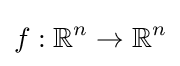
f:\mathbb {R} ^{n}\rightarrow \mathbb {R} ^{n}